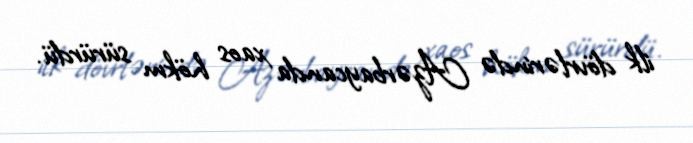
ilk dövrlərində Azərbaycanda xaos hökm sürürdü.